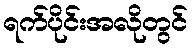
ရက်ပိုင်းအလိုတွင်